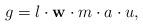
LaTeX: \begin{align*}g=l\cdot \mathbf{w} \cdot m\cdot a\cdot u,\end{align*}